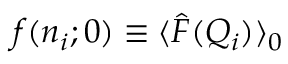
f ( n _ { i } ; 0 ) \equiv \langle \hat { F } ( Q _ { i } ) \rangle _ { 0 }